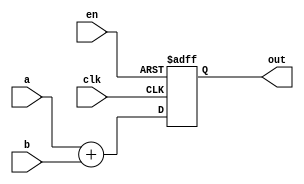
module add8 (clk, en, out, a, b);
	output [7:0] out;
        input clk,en;
	input  [7:0] a;
	input  [7:0] b;
        reg  [8:0] out1;
        assign out=out1[7:0];
        always@(posedge clk or negedge en)
	begin
        if(en==0)
	begin
        out1<=0;
        end
        else
        begin
	out1 <= a + b;
        end
	end
       
        
endmodule